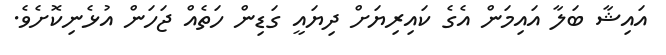
އައިޝާ ބަލާ އައިމަން އެގެ ކައިރިޔަށް ދިޔައީ ގަޑިން ހަތެއް ޖަހަން އުޅެނިކޮށެވެ.